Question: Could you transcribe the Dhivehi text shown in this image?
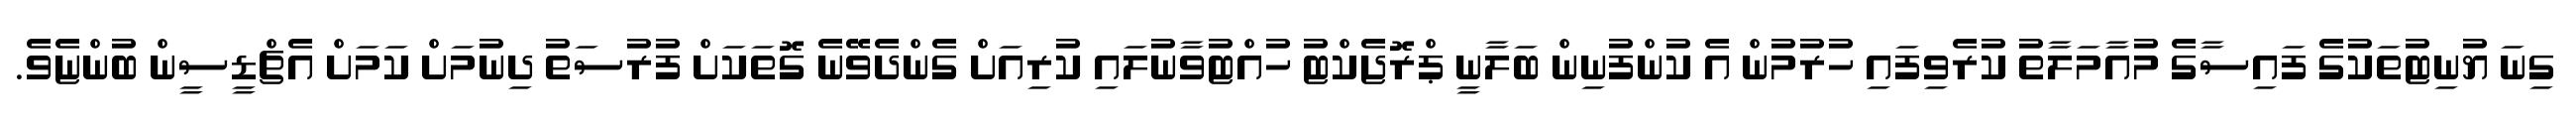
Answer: ގިނަ ޔުނިޓުތަކުގެ ފައިސާގެ މުއާމަލާތު ކުރެވިފައި ހުރުމުން އެ ކުންފުނިން ބަލާނީ ޕްރޮޖެކްޓު ހުއްޓުވާނުލައި ކުރިއަށް ގެންދެވޭނެ ގޮތަކަށް ފުރުސަތު ދިނުމަށް ކަމަށް އެޗްޑީސީން ބުންޏެވެ.